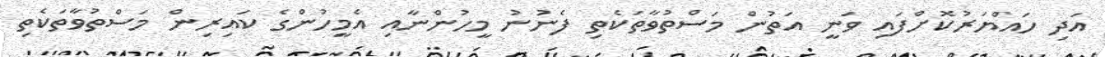
އަދި ހައްޔަރުކޮށްފައި ވަނީ އަތުން މަސްތުވާތަކެތި ފެނުނު މީހުންނާއި އެމީހުންގެ ކައިރިން މަސްތުވާތަކެތި